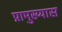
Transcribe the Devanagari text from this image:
प्रामुख्यास